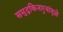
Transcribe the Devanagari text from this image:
समुद्रकिनार्‍यांमुळे